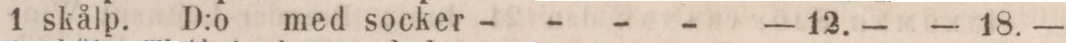
1 skålp. D:o med socker - - - -    — 12. —    — 18. —